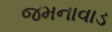
જમનાવાડ